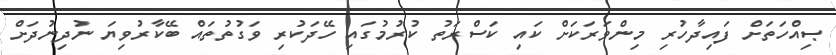
ޞިއްހަތަށް ފައިދާހުރި މިންވަރަކަށް ކައި ކަސްރަތު ކުރުމުގައި ހޭދަކުރި ވަގުތުތައް ބޭކާރުވިޔަ ނުދިނުދަށް